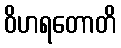
ဝိဟရတောတိ